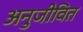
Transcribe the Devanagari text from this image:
अनुजीवित